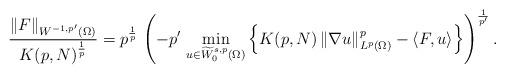
LaTeX: \begin{align*}\frac{\|F\|_{W^{-1,p'}(\Omega)}}{K(p,N)^\frac{1}{p}}=p^\frac{1}{p}\,\left(-p'\,\min_{u\in \widetilde W^{s,p}_0(\Omega)} \left\{K(p,N)\,\|\nabla u\|^p_{L^p(\Omega)}-\langle F,u\rangle\right\}\right)^\frac{1}{p'}.\end{align*}